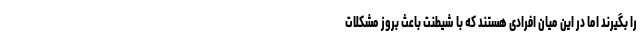
را بگیرند اما در این میان افرادی هستند که با شیطنت باعث بروز مشکلات